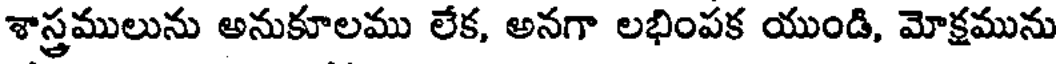
శాస్త్రములును అనుకూలము లేక, అనగా లభింపక యుండి, మోక్షమును